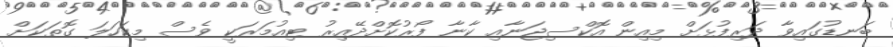
ބަނޑުގައިވާ ދަރިފުޅަށް މިއިން އޮކްސިޖަނާއި ކާނާ ފޯރުކޮށްދޭއިރު ޓިއުމަރަކީ ވެސް މިކަހަލަ ގޮތަކަށް